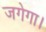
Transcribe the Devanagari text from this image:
जगेगा।